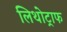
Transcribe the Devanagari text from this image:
लिथोट्राफ